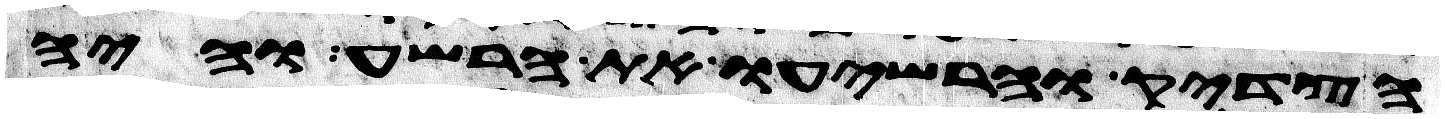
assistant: הצדיק והרשיעו את הרשע והיה